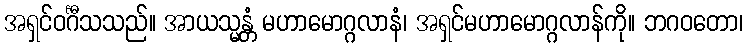
အရှင်ဝင်္ဂီသသည်။ အာယသ္မန္တံ မဟာမောဂ္ဂလာနံ၊ အရှင်မဟာမောဂ္ဂလာန်ကို။ ဘဂဝတော၊